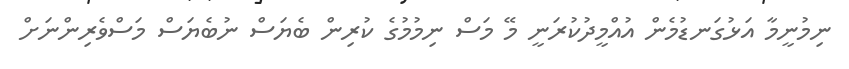
ނިމުނީމާ އަޅުގަނޑުމެން އުއްމީދުކުރަނީ މޭ މަސް ނިމުމުގެ ކުރިން ބެޔަސް ނުބެޔަސް މަސްވެރިންނަށް